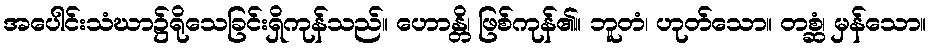
အပေါင်းသံဃာ၌ရိုသေခြင်းရှိကုန်သည်။ ဟောန္တိ၊ ဖြစ်ကုန်၏။ ဘူတံ၊ ဟုတ်သော။ တစ္ဆံ၊ မှန်သော။